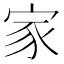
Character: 家